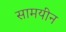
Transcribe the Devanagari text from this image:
सामयीन